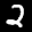
Label: 2